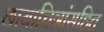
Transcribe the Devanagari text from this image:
छायाचित्रांसहित